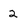
Character: 2